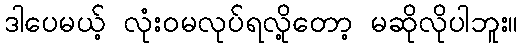
ဒါပေမယ့် လုံးဝမလုပ်ရလို့တော့ မဆိုလိုပါဘူး။